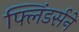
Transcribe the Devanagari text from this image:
फ्लिंडर्सने